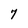
Character: 7